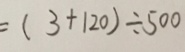
= ( 3 + 1 2 0 ) \div 5 0 0